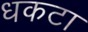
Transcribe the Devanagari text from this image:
धकटा